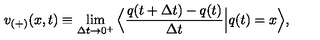
v _ { ( + ) } ( x , t ) \equiv \lim _ { \Delta t \rightarrow 0 ^ { + } } \Big \langle \frac { q ( t + \Delta t ) - q ( t ) } { \Delta t } \Big | q ( t ) = x \Big \rangle ,